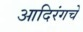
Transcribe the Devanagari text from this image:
आदिरंगचे